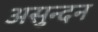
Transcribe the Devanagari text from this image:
असुन्दन